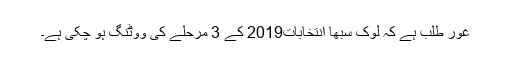
غور طلب ہے کہ لوک سبھا انتخابات2019 کے 3 مرحلے کی ووٹنگ ہو چکی ہے۔